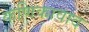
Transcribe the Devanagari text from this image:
कणिकावाद